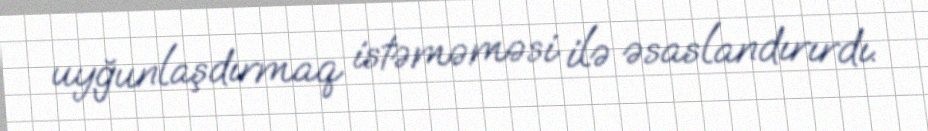
uyğunlaşdırmaq istəməməsi ilə əsaslandırırdı.